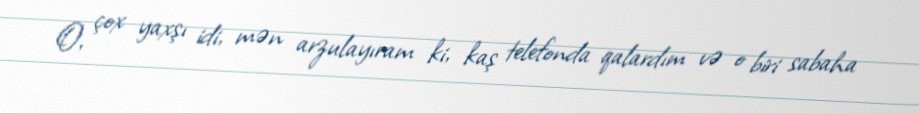
O, çox yaxşı idi, mən arzulayıram ki, kaş telefonda qalardım və o biri sabaha